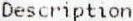
DESCRIPTION